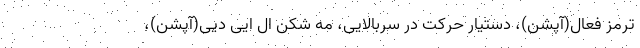
ترمز فعال(آپشن)، دستیار حرکت در سربالایی، مه شکن ال ایی دیی(آپشن)،